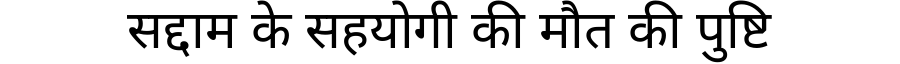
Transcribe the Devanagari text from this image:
सद्दाम के सहयोगी की मौत की पुष्टि